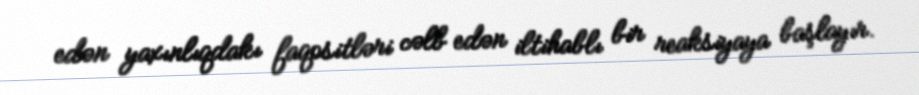
edən yaxınlıqdakı faqositləri cəlb edən iltihablı bir reaksiyaya başlayır.